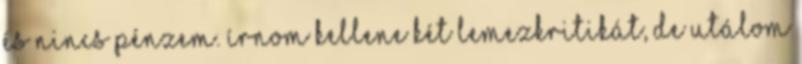
és nincs pénzem. írnom kellene két lemezkritikát, de utálom